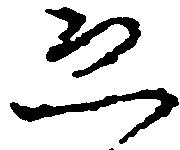
恐